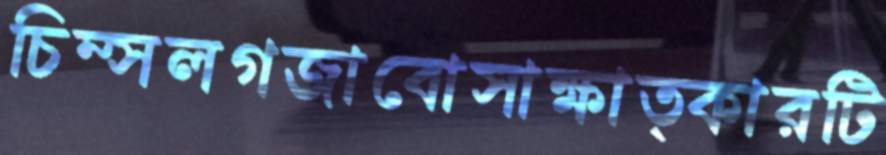
চিম্‌সলগজাবোসাক্ষাত্কারটি